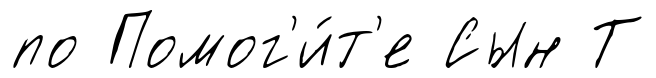
по Помог'и́т'е Сын Т